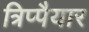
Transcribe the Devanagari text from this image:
त्रिप्पैयार